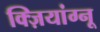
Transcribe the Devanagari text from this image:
क्ज़ियांग्नू